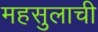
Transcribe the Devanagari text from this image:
महसुलाची